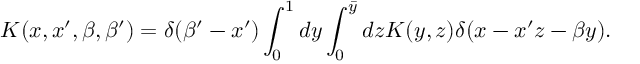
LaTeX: K ( x , x ^ { \prime } , \beta , \beta ^ { \prime } ) = \delta ( \beta ^ { \prime } - x ^ { \prime } ) \int _ { 0 } ^ { 1 } d y \int _ { 0 } ^ { \bar { y } } d z { \cal K } ( y , z ) \delta ( x - x ^ { \prime } z - \beta y ) .